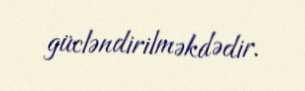
gücləndirilməkdədir.